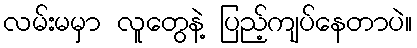
လမ်းမမှာ လူတွေနဲ့ ပြည့်ကျပ်နေတာပဲ။